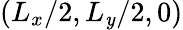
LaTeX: (L_{x}/2,L_{\mathit{y}}/2,0)